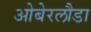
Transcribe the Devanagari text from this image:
ओबेरलौडा